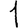
Digit: 1